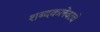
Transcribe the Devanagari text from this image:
शब्दकलेवरचे